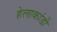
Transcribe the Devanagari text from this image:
हेलाकांडी